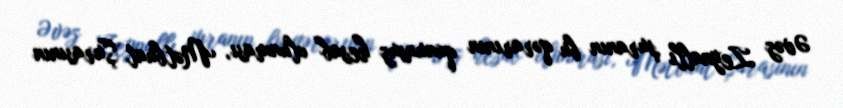
Əvəz Zeynallı şuranın bu qərarının qanunsuz hesab olunması, Mətbuat Şurasının